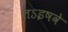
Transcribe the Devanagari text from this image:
तऽइषवे